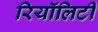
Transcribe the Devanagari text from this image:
रियॉलिटी